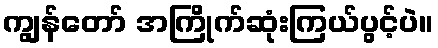
ကျွန်တော် အကြိုက်ဆုံးကြယ်ပွင့်ပဲ။